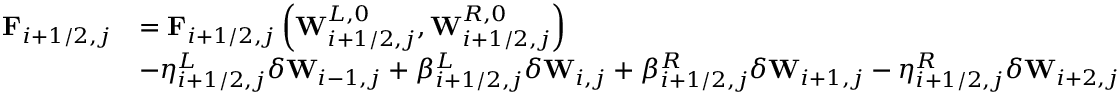
\begin{array} { r l } { \mathbf { F } _ { i + 1 / 2 , j } } & { = \mathbf { F } _ { i + 1 / 2 , j } \left( \mathbf { W } _ { i + 1 / 2 , j } ^ { L , 0 } , \mathbf { W } _ { i + 1 / 2 , j } ^ { R , 0 } \right) } \\ & { - \eta _ { i + 1 / 2 , j } ^ { L } \delta \mathbf { W } _ { i - 1 , j } + \beta _ { i + 1 / 2 , j } ^ { L } \delta \mathbf { W } _ { i , j } + \beta _ { i + 1 / 2 , j } ^ { R } \delta \mathbf { W } _ { i + 1 , j } - \eta _ { i + 1 / 2 , j } ^ { R } \delta \mathbf { W } _ { i + 2 , j } } \end{array}